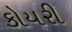
કોયરી